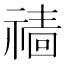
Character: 𱵢